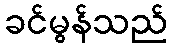
ခင်မွန်သည်